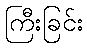
ကြီးခြင်း